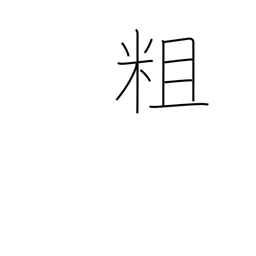
Meaning: rugged